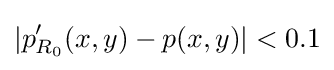
|p'_{R_{0}}(x,y)-p(x,y)|<0.1